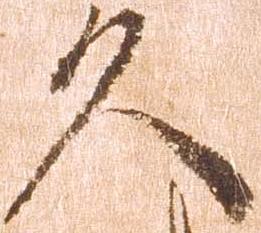
久